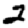
Digit: 2